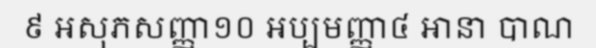
៩ អសុភសញ្ញា១០ អប្បមញ្ញា៤ ឤនា បាណ